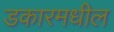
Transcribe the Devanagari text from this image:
डकारमधील